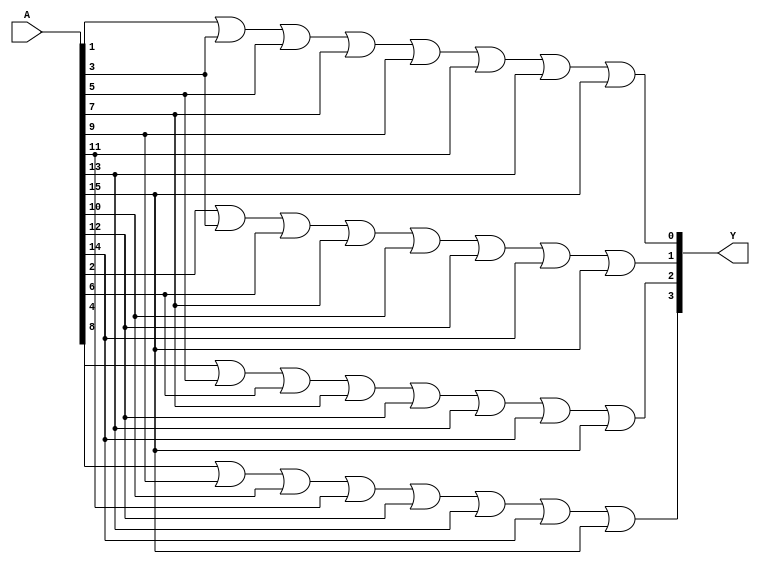
module enc_hex_bin(A,Y);
input [15:0]A;
output [3:0]Y;
assign Y[0] = (A[1] | A[3] | A[5] | A[7] | A[9] | A[11] | A[13] | A[15]);
assign Y[1] = (A[2] | A[3] | A[6] | A[7] | A[10] | A[12] | A[14] | A[15]);
assign Y[2] = (A[4] | A[5] | A[6] | A[7] | A[12] | A[13] | A[14] | A[15]);
assign Y[3] = (A[8] | A[9] | A[10] | A[11] | A[12] | A[13] | A[14] | A[15]);
endmodule